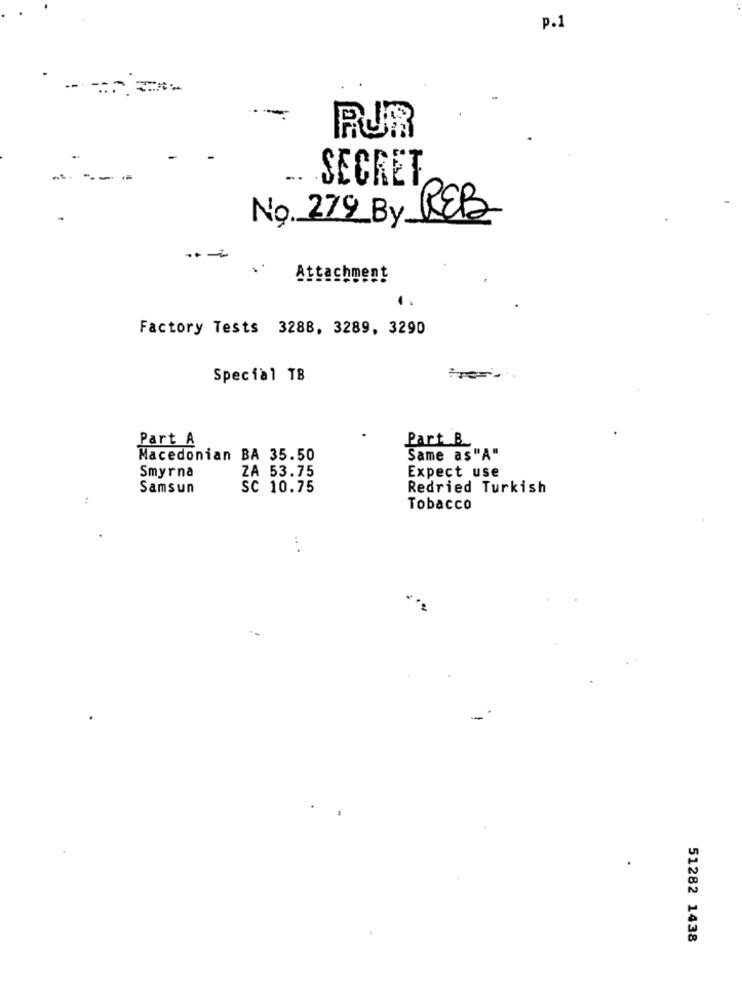
p.1
-
RUR
SECRET
No. 279_By REB
..
Attachment
Factory Tests 3288, 3289, 3290
Special TB
Part A
Part_B
Macedonian BA 35.50
Same as"A"
ZA 53.75
Expect use
Smyrna
Samsun
SC 10.75
Redried Turkish
Tobacco
..
51282 1438